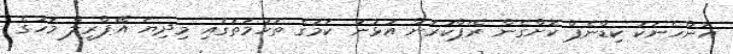
އަންހެނަކު ކިޑްނެޕް ކޮށްގެން ރޭޕްކުރަން އުޅުނު ކަމުގެ ތުހުމަތުގައި މިދިޔަ އޭޕްރީލް މަހުގެ